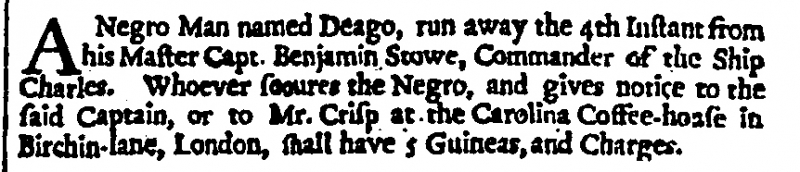
London Gazette, 14 April 1701 (England)
A Negro Man named Deago, run away the 4th Instant from his Master Capt. Benjamin Stowe, Commander of the Ship Charles. Whoever secures the Negro, and gives notice to the said Captain, or to Mr. Crisp at the Carolina Coffee-house in Birchin-lane, London, shall have 5 Guineas, and Charges.